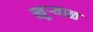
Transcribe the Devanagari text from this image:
खुऱ्‍याळ